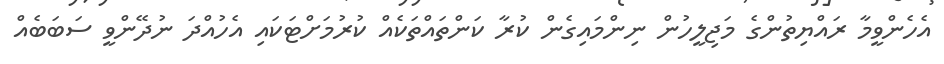
އެހެންވީމާ ރައްޔިތުންގެ މަޖިލީހުން ނިންމައިގެން ކުރާ ކަންތައްތަކެއް ކުރުމަށްޓަކައި އެހުއްދަ ނުދޭންވީ ސަބަބެއް